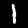
Digit: 1